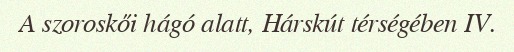
A szoroskői hágó alatt, Hárskút térségében IV.